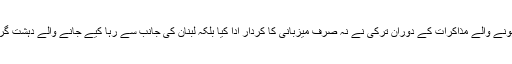
مختلف مواقع پر قطر کی زیر نگرانی ہونے والے مذاکرات کے دوران ترکی نے نہ صرف میزبانی کا کردار ادا کیا بلکہ لبنان کی جانب سے رہا کیے جانے والے دہشت گردوں کو بھی ترکی کے حوالے کیا گیا۔